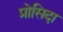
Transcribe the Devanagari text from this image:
प्रोसिदा